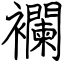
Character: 襴